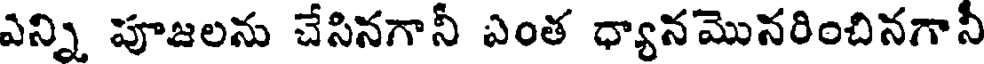
ఎన్ని పూజలను చేసినగానీ ఎంత ధ్యానమొనరించినగానీ